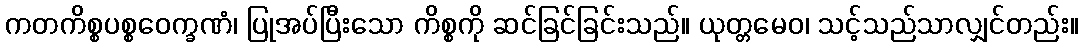
ကတကိစ္စပစ္စဝေက္ခဏံ၊ ပြုအပ်ပြီးသော ကိစ္စကို ဆင်ခြင်ခြင်းသည်။ ယုတ္တမေဝ၊ သင့်သည်သာလျှင်တည်း။